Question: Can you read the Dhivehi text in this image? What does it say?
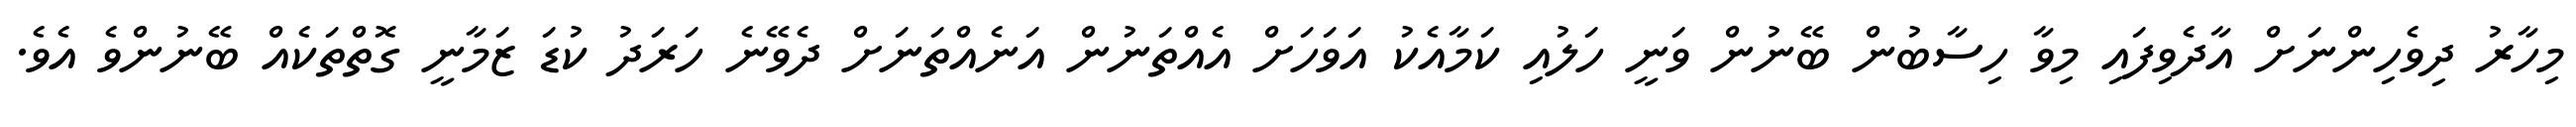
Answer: މިހާރު ދިވެހިންނަށް އާދެވިފައި މިވާ ހިސާބުން ބޭނުން ވަނީ ހަލުއި ކަމާއެކު އަވަހަށް އެއްތަނުން އަނެއްތަނަށް ދެވޭނެ ހަރަދު ކުޑަ ޒަމާނީ ގޮތްތަކެއް ބޭނުންވެ އެވެ.